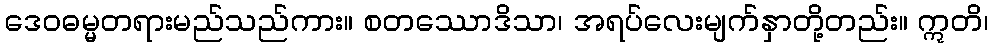
ဒေဝဓမ္မတရားမည်သည်ကား။ စတဿောဒိသာ၊ အရပ်လေးမျက်နှာတို့တည်း။ ဣတိ၊